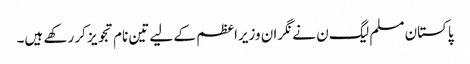
پاکستان مسلم لیگ ن نے نگران وزیراعظم کے لیے تین نام تجویز کر رکھے ہیں۔